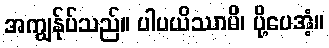
အကျွန်ုပ်သည်။ ပါပယိဿာမိ၊ ပို့ပေအံ့။